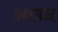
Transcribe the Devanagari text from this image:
आउघ